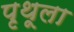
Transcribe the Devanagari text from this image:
पृथूला